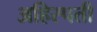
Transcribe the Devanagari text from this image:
अहिस्पती